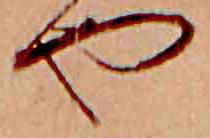
や